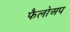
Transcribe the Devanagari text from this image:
फैलोअप